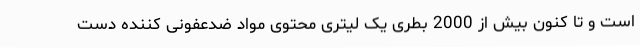
است و تا کنون بیش از 2000 بطری یک لیتری محتوی مواد ضدعفونی کننده دست